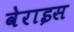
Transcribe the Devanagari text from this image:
वेराइस